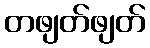
တဖျတ်ဖျတ်